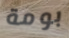
بومة